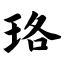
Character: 珞